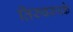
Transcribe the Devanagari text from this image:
तिरुवरुरके